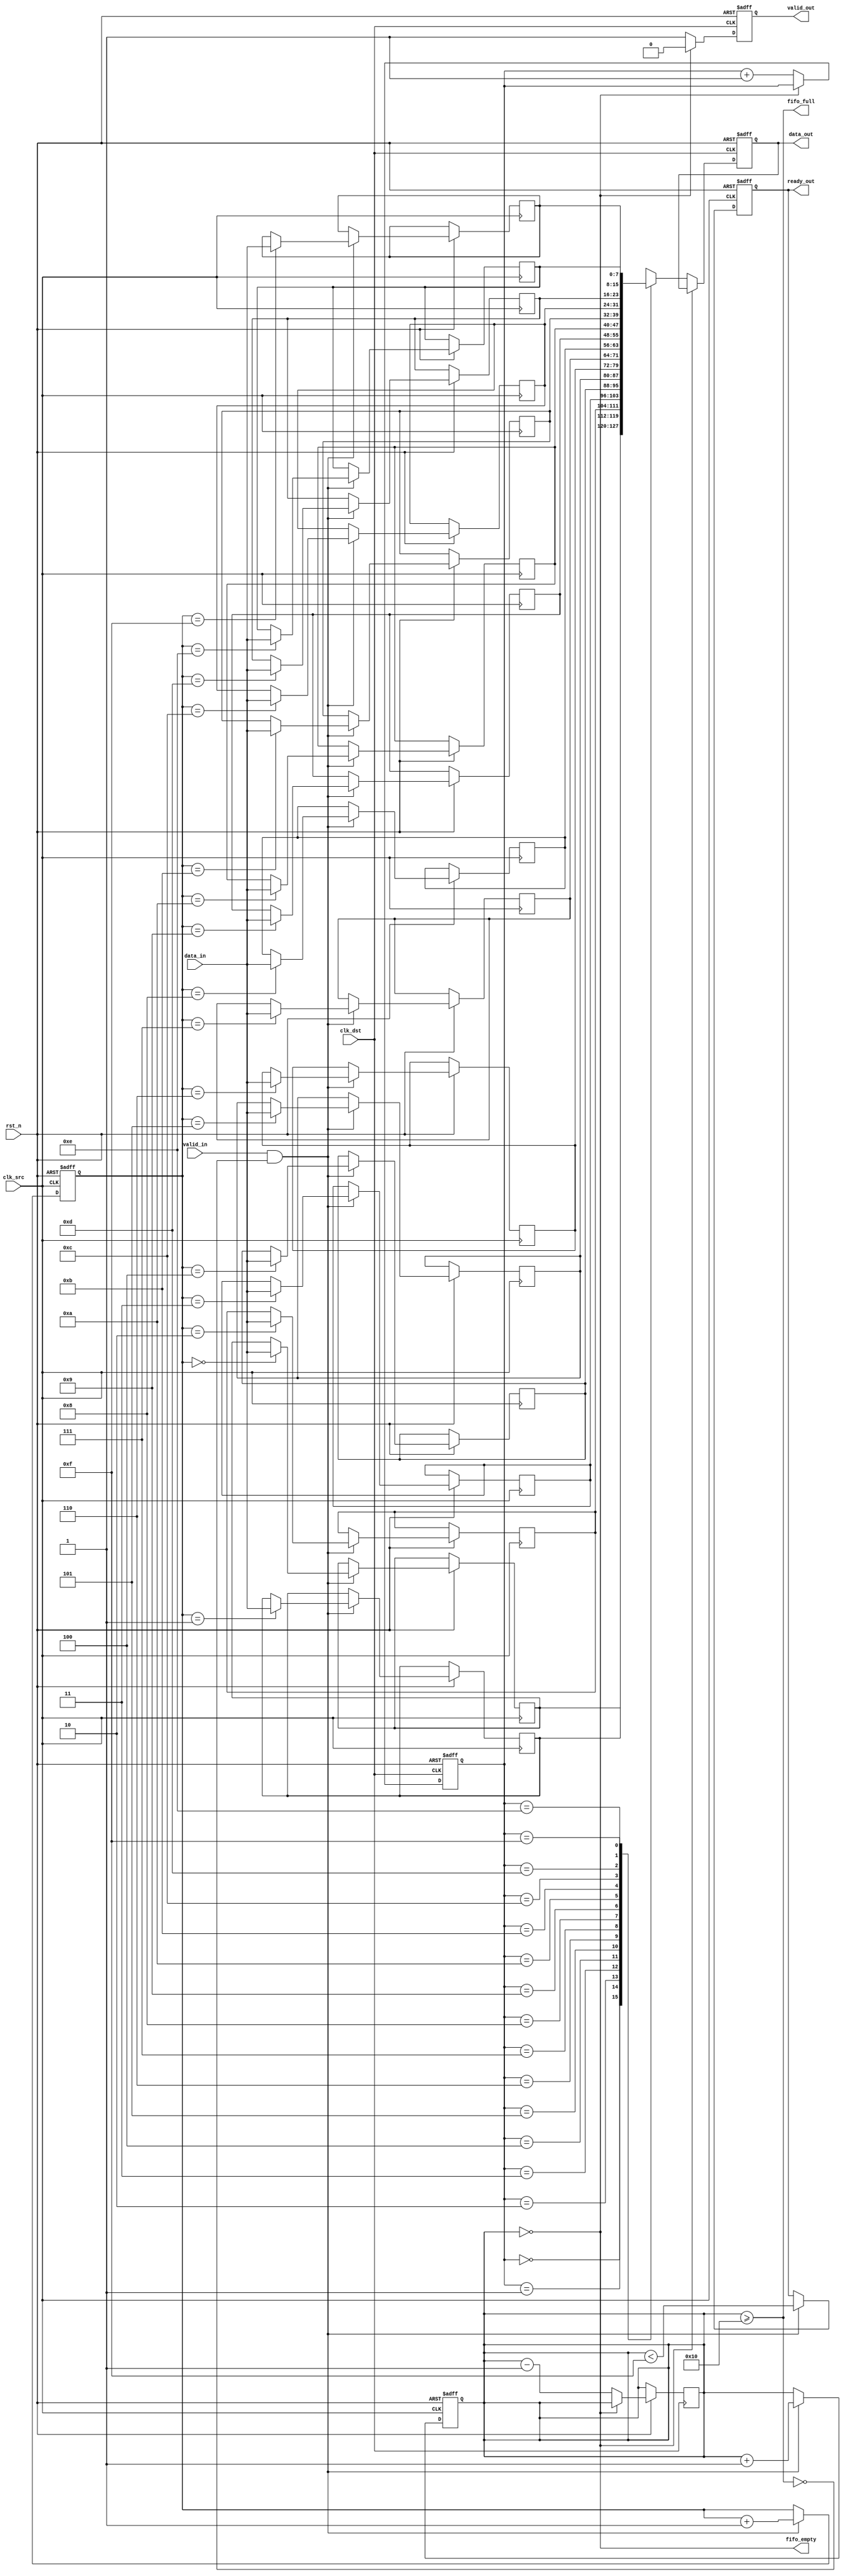
module fifo_synchronizer #(
    parameter DATA_WIDTH = 8,
    parameter FIFO_DEPTH = 16
)(
    input wire clk_src,                  // Source clock
    input wire clk_dst,                  // Destination clock
    input wire rst_n,                    // Active low reset
    input wire [DATA_WIDTH-1:0] data_in, // Data input from upstream
    input wire valid_in,                 // Valid data signal from upstream
    output reg ready_out,                // Ready signal for upstream
    output reg [DATA_WIDTH-1:0] data_out, // Synchronized data output to downstream
    output reg valid_out,                // Valid data signal to downstream
    output wire fifo_full,               // FIFO full indicator
    output wire fifo_empty               // FIFO empty indicator
);

// FIFO buffer and pointers
reg [DATA_WIDTH-1:0] fifo_mem [0:FIFO_DEPTH-1]; // FIFO memory
reg [3:0] write_ptr;                           // Write pointer
reg [3:0] read_ptr;                            // Read pointer
reg [4:0] fifo_count;                          // FIFO count

// Write control logic
always @(posedge clk_src or negedge rst_n) begin
    if (!rst_n) begin
        write_ptr <= 4'b0;
        fifo_count <= 5'b0;
        ready_out <= 1'b1;
    end else begin
        if (valid_in && !fifo_full) begin
            fifo_mem[write_ptr] <= data_in;
            write_ptr <= write_ptr + 1'b1;
            fifo_count <= fifo_count + 1'b1;
            ready_out <= (fifo_count < FIFO_DEPTH - 1);
        end
    end
end

// Read control logic
always @(posedge clk_dst or negedge rst_n) begin
    if (!rst_n) begin
        read_ptr <= 4'b0;
        valid_out <= 1'b0;
            data_out <= {DATA_WIDTH{1'b0}};
    end else begin
        if (!fifo_empty) begin
            data_out <= fifo_mem[read_ptr];
            valid_out <= 1'b1;
            read_ptr <= read_ptr + 1'b1;
            fifo_count <= fifo_count - 1'b1;
        end else begin
            valid_out <= 1'b0;
        end
    end
end

// Full and empty flag logic
assign fifo_full = (fifo_count >= FIFO_DEPTH);
assign fifo_empty = (fifo_count == 0);

// Meta-stability handling for control signals (not implemented here for brevity)
// Add additional flip-flops or synchronizers if needed for control signals

endmodule